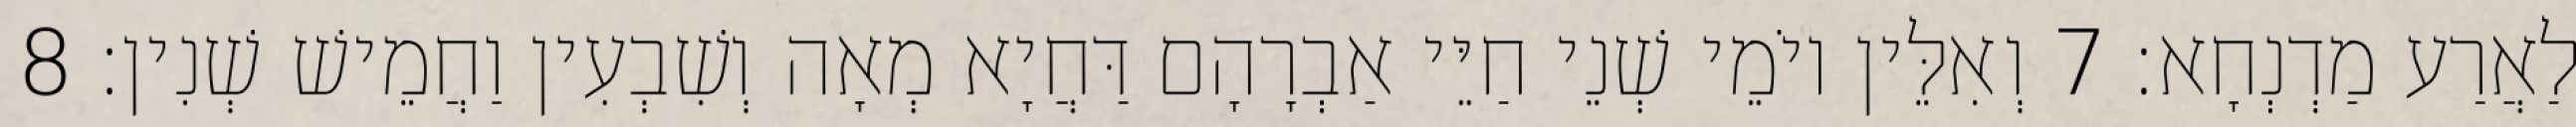
לַאֲרַע מַדְנְחָא׃ 7 וְאִלֵּין יוֹמֵי שְׁנֵי חַיֵּי אַבְרָהָם דַּחֲיָא מְאָה וְשִׁבְעִין וַחֲמֵישׁ שְׁנִין׃ 8